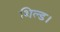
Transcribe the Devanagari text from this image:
शिल्ड।